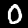
Label: 0